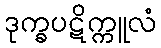
ဒုက္ခပဋိက္ကူလံ